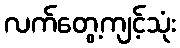
လက်တွေ့ကျင့်သုံး